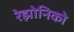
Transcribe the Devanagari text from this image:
रेझोनिको